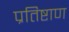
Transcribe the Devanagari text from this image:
प्रतिष्टाण